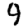
Digit: 9